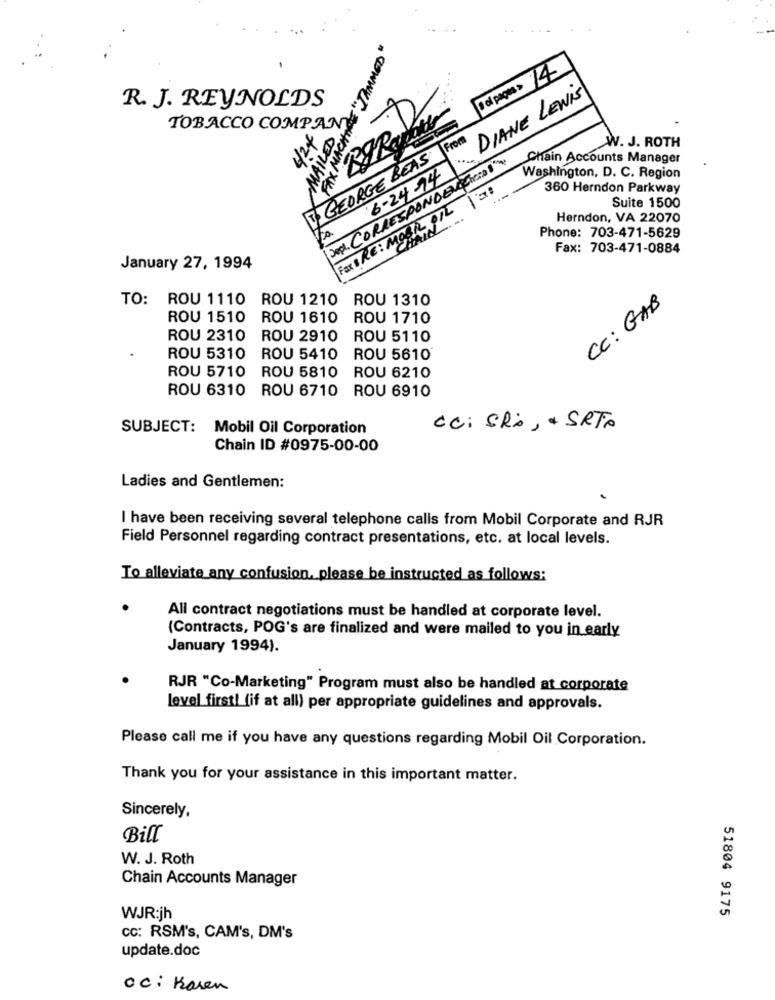
FAX MACHINE "JAMMED"
DIANE LEWIS
R. J. REYNOLDS
TOBACCO COMPANY
MAILED
From
W. J. ROTH
V. GEORGE BEAS
Jepl. CORRESPONDENTCheID 87
Chain Accounts Manager
6-24-74
Washington, D. C. Region
360 Herndon Parkway
Suite 1500
FIXERE: MOBIL PIL
Herndon, VA 22070
Phone: 703-471-5629
Fax: 703-471-0884
January 27, 1994
TO: ROU 1110 ROU 1210 ROU 1310
Cc: GAB
ROU 1510
ROU 1610
ROU 1710
ROU 2310
ROU 2910
ROU 5110
ROU 5310
ROU 5410
ROU 5610
ROU 5710
ROU 5810
ROU 6210
ROU 6310 ROU 6710 ROU 6910
SUBJECT: Mobil Oil Corporation
CC: SRA, + SRTA
Chain ID #0975-00-00
Ladies and Gentlemen:
I have been receiving several telephone calls from Mobil Corporate and RJR
Field Personnel regarding contract presentations, etc. at local levels.
To alleviate any confusion, please be instructed as follows:
All contract negotiations must be handled at corporate level.
(Contracts, POG's are finalized and were mailed to you in early
January 1994).
RJR "Co-Marketing" Program must also be handled at corporate
level first! (if at all) per appropriate guidelines and approvals.
Please call me if you have any questions regarding Mobil Oil Corporation.
Thank you for your assistance in this important matter.
Sincerely,
Bill
W. J. Roth
Chain Accounts Manager
51804 9175
WJR:jh
cc: RSM's, CAM's, DM's
update.doc
oc : Karen